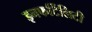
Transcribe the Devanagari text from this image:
इनफर्टिलिटी